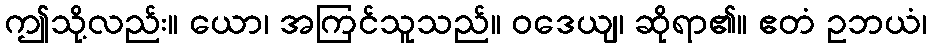
ဤသို့လည်း။ ယော၊ အကြင်သူသည်။ ဝဒေယျ၊ ဆိုရာ၏။ ဧတံ ဥဘယံ၊